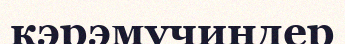
кэрэмучиндер